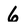
Character: 6